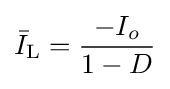
{\bar {I}}_{\text{L}}={\frac {-I_{o}}{1-D}}